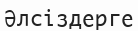
Әлсіздерге